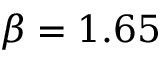
\beta = 1 . 6 5